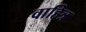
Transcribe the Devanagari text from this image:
वाहित्र